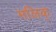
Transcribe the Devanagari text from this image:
मलिक्